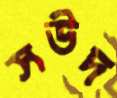
সউদ